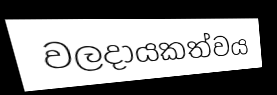
වලදායකත්වය